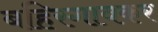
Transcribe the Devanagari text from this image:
बहिरगावकर